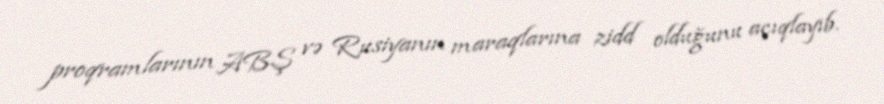
proqramlarının ABŞ və Rusiyanın maraqlarına zidd olduğunu açıqlayıb.